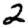
Digit: 2